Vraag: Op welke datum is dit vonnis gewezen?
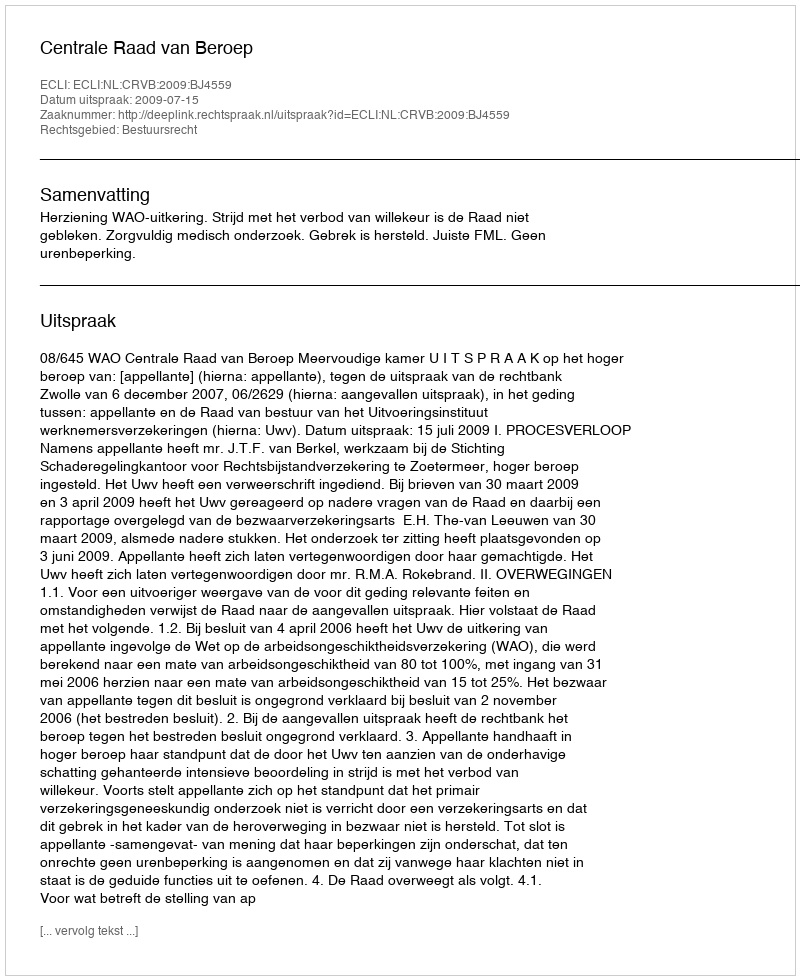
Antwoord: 2009-07-15